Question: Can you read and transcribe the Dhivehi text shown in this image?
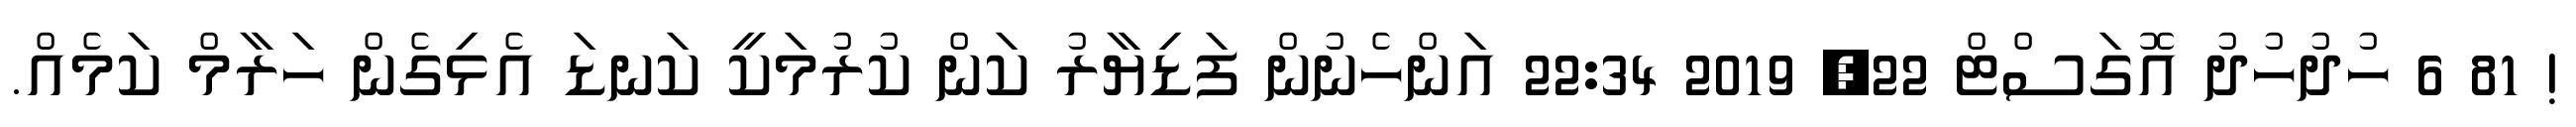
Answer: ! 81 6 ހުދުހުދު އޮގަސްޓް 22, 2019 22:34 އަންހެނުން ފަޑިޔާރު ކަން ކުރުމަކީ ކަނޑަ އެޅިގެން ހަރާމް ކަމެއް.